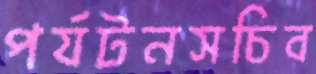
পর্যটনসচিব